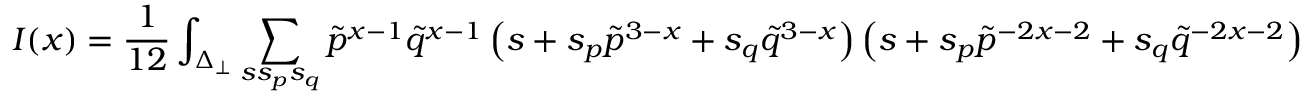
I ( x ) = \frac { 1 } { 1 2 } \int _ { \Delta _ { \perp } } \sum _ { s s _ { p } s _ { q } } { \tilde { p } } ^ { x - 1 } { \tilde { q } } ^ { x - 1 } \left( s + s _ { p } { \tilde { p } } ^ { 3 - x } + s _ { q } { \tilde { q } } ^ { 3 - x } \right) \left( s + s _ { p } { \tilde { p } } ^ { - 2 x - 2 } + s _ { q } { \tilde { q } } ^ { - 2 x - 2 } \right)